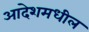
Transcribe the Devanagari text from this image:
आदेशमधील